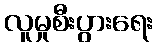
လူမှုစီးပွားရေး